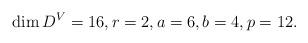
LaTeX: \begin{align*}\dim D^V = 16, r = 2, a = 6, b = 4, p = 12.\end{align*}